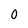
Character: 0